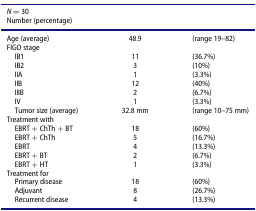
| <COLSPAN=3> N = 30 |
 | <COLSPAN=3> Number (percentage) |
 | --- | --- | --- |
 | Age (average) | 48.9 | (range 19–82) |
 | <COLSPAN=3> FIGO stage |
 | IB1 | 11 | (36.7%) |
 | IB2 | 3 | (10%) |
 | IIA | 1 | (3.3%) |
 | IIB | 12 | (40%) |
 | IIIB | 2 | (6.7%) |
 | IV | 1 | (3.3%) |
 | Tumor size (average) | 32.8 mm | (range 10–75 mm) |
 | <COLSPAN=3> Treatment with |
 | EBRT + ChTh + BT | 18 | (60%) |
 | EBRT + ChTh | 5 | (16.7%) |
 | EBRT | 4 | (13.3%) |
 | EBRT + BT | 2 | (6.7%) |
 | EBRT + HT | 1 | (3.3%) |
 | <COLSPAN=3> Treatment for |
 | Primary disease | 18 | (60%) |
 | Adjuvant | 8 | (26.7%) |
 | Recurrent disease | 4 | (13.3%) |